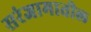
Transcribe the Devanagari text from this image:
सरंजामातील